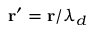
\mathbf { r } ^ { \prime } = \mathbf { r } / \lambda _ { d }